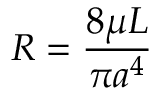
R = \frac { 8 \mu L } { \pi a ^ { 4 } }